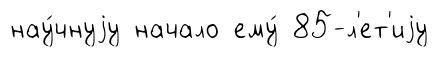
нау́чнуjу начало ему́ 85-л'ет'иjу